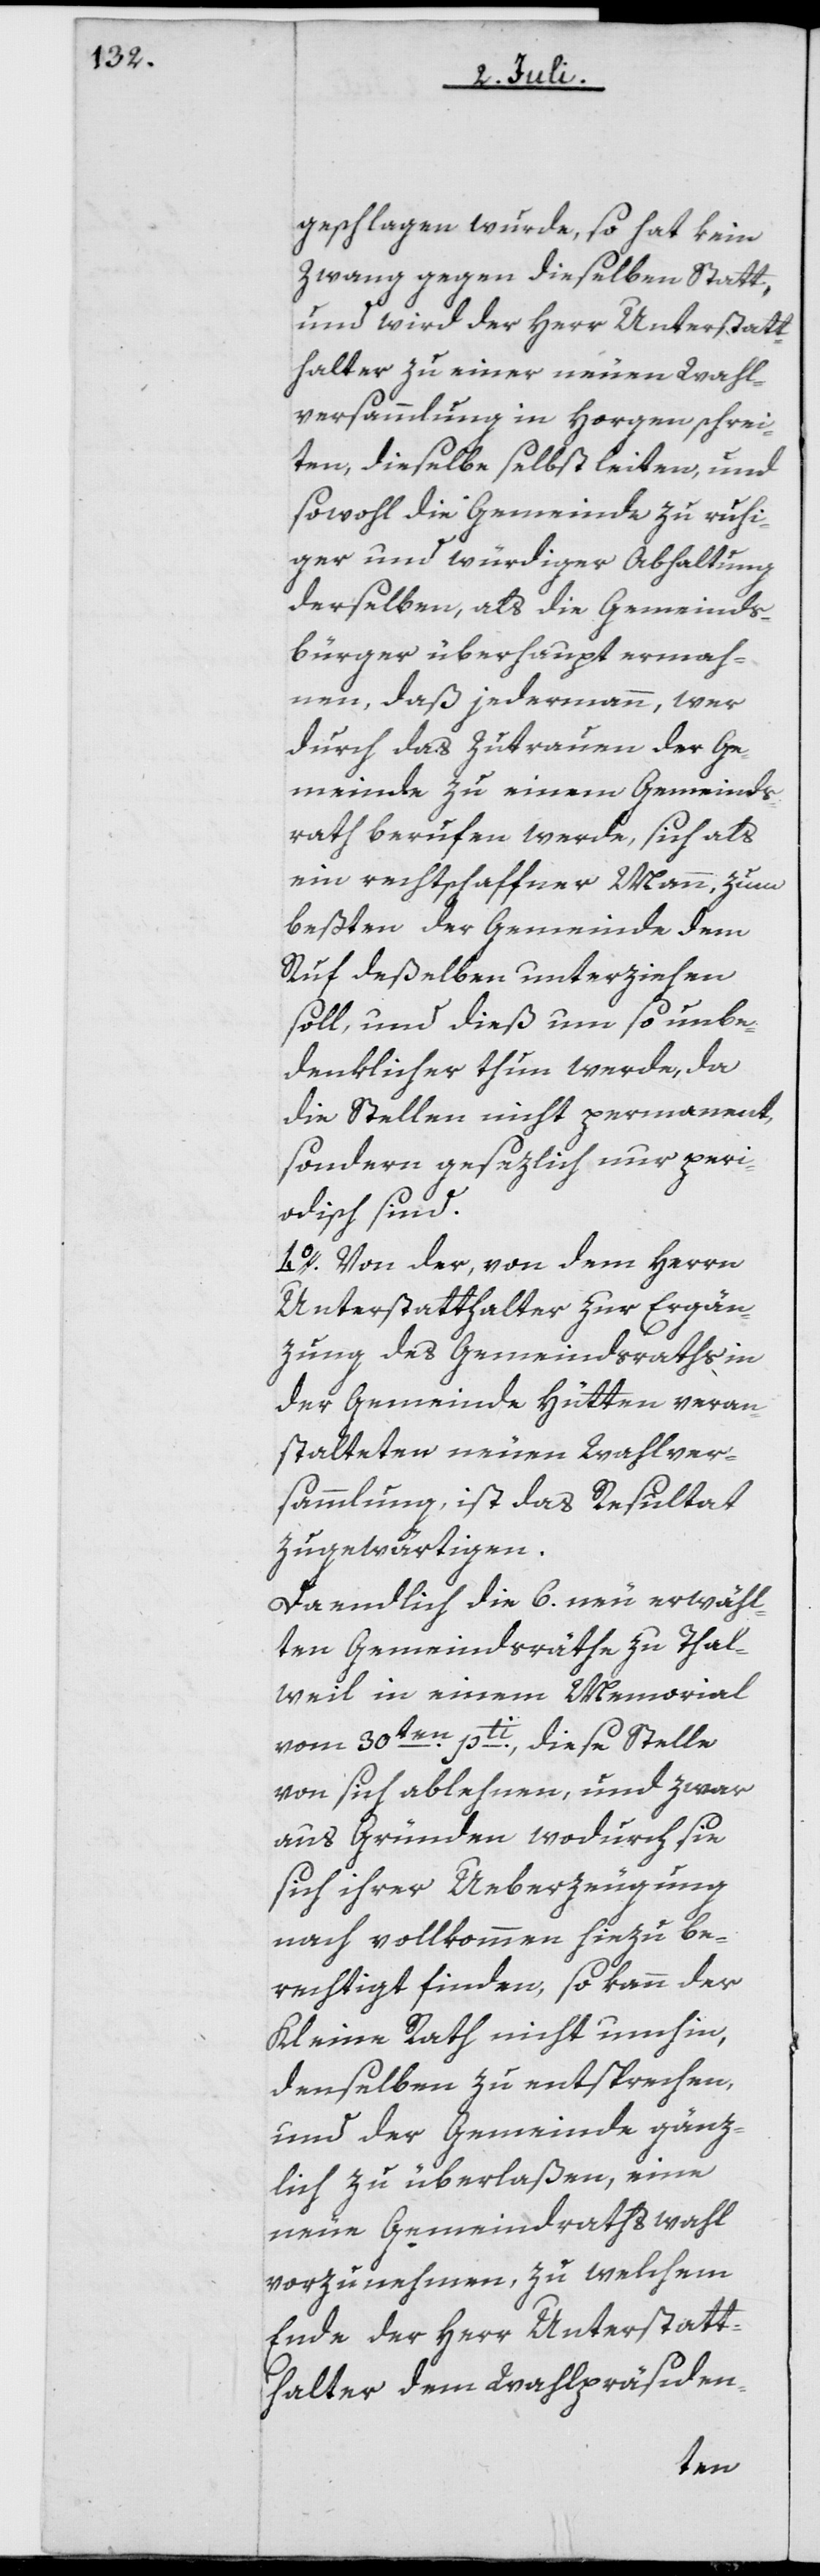
geschlagen wurde, so hat kein
Zwang gegen dieselben Statt,
und wird der Herr Unterstatt¬
halter zu einer neuen Wahl¬
versammlung in Horgen schrei¬
ten, dieselbe selbst leiten, und
sowohl die Gemeinde zu ruhi¬
ger und würdiger Abhaltung
derselben, als die Gemeinds¬
bürger überhaupt ermah¬
nen, daß jedermann, wer
durch das Zutrauen der Ge¬
meinde zu einem Gemeinds¬
rath berufen werde, sich als
ein rechtschaffner Mann, zum
Beßten der Gemeinde dem
Ruf deßelben unterziehen
soll, und dieß um so unbe¬
denklicher thun werde, da
die Stellen nicht permanent,
sondern gesezlich nur peri¬
odisch sind.
4o. Von der, von dem Herrn
Unterstatthalter zur Ergän¬
zung des Gemeindsraths in
der Gemeinde Hütten veran¬
stalteten neuen Wahlver¬
sammlung, ist das Resultat
zugewärtigen.
Da endlich die 6. neu erwähl¬
ten Gemeindsräthe zu Thal¬
weil in einem Memorial
vom 30ten pti, diese Stelle
von sich ablehnen, und zwar
aus Gründen, wodurch sie
sich ihrer Ueberzeugung
nach vollkommen hiezu be¬
rechtigt finden, so kann der
Kleine Rath nicht umhin,
denselben zu entsprechen,
und der Gemeinde gänz¬
lich zu überlaßen, eine
neue Gemeindrathswahl
vorzunehmen, zu welchem
Ende der Herr Unterstatt¬
halter dem Wahlpräsiden-